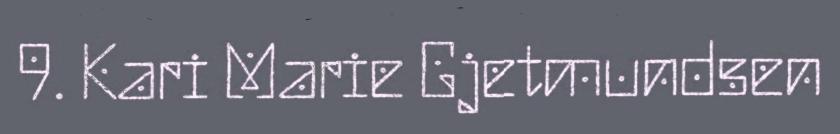
9. Kari Marie Gjetmundsen